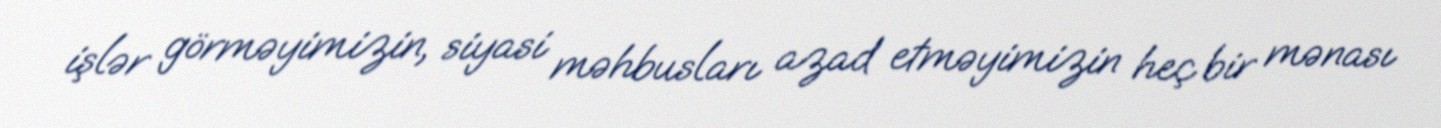
işlər görməyimizin, siyasi məhbusları azad etməyimizin heç bir mənası